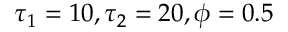
\tau _ { 1 } = 1 0 , \tau _ { 2 } = 2 0 , \phi = 0 . 5